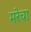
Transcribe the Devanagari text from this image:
मरेचा